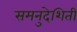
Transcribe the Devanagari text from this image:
समनुदेशिती